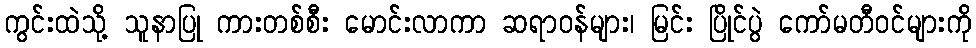
ကွင်းထဲသို့ သူနာပြု ကားတစ်စီး မောင်းလာကာ ဆရာဝန်များ၊ မြင်း ပြိုင်ပွဲ ကော်မတီဝင်များကို